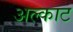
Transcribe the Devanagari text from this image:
अल्काट